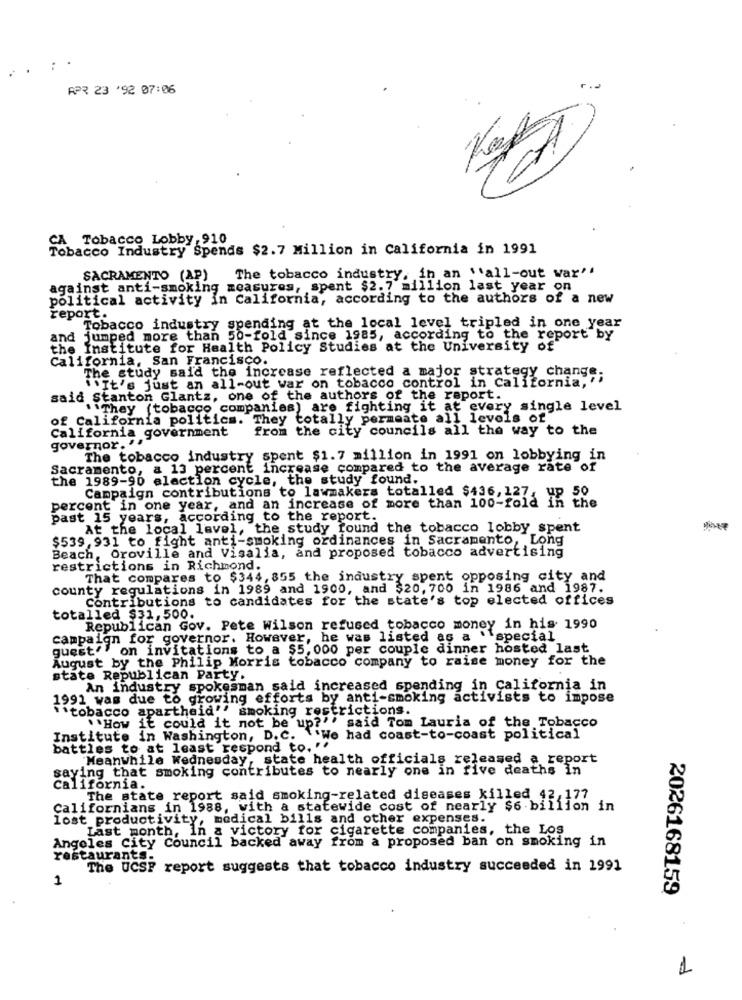
APR 23 '92 07:06
CA Tobacco Lobby, 910
Tobacco Industry Spends $2.7 Million in California in 1991
SACRAMENTO (AP)
The tobacco industry, in an \'all-out war''
against anti-smoking measures, spent $2.7 million last year on
political activity in California, according to the authors of a new
report.
Tobacco industry spending at the local level tripled in one year
and jumped more than 50-fold since 1985, according to the report by
the Institute for Health Policy Studies at the University of
California, San Francisco.
The study said the increase reflected a major strategy change.
"It's just an all-out war on tobacco control in California, ''
said Stanton Glantz, one of the authors of the report.
.They (tobacco companies) are fighting it at every single level
of California politics. They totally permeate all levels of
California government
from the city councils all the way to the
governor. "
The tobacco industry spent $1.7 million in 1991 on lobbying in
Sacramento, a 13 percent increase compared to the average rate of
the 1989-90 election cycle, the study found.
Campaign contributions to lawmakers totalled $4a6.lala th che
percent in one year, and an increase of more than 100-fold
past 15 years, according to the report.
At the local level, the study found the tobacco lobby spent
$539, 931 to fight anti-smoking ordinances in Sacramento, Long
Beach, Oroville and Visalia, and proposed tobacco advertising
restrictions in Richmond.
That compares to $344, 855 the industry spent opposing city and
county regulations in 1989 and 1900, and $20, 700 in 1986 and 1987.
Contributions to candidates for the state's top elected offices
totalled $31,500.
Republican Gov. Pete Wilson refused tobacco money in his 1990
campaign for governor. However, he was listed as a 'special
quest' on invitations to a $5,000 per couple dinner hosted last
August by the Philip Morris tobacco company to raise money for the
state Republican Party.
An industry spokesman said increased spending in California in
1991 was due to di
o growing efforts by anti-smoking activists to impose
''tobacco apartheid'' smoking restrictions.
"How it could it not be up?'' said Tom Lauria of the Tobacco
Institute in Washington, D.C. \'We had coast-to-coast political
battles to at least respond to.
Meanwhile Wednesday, state health officials released a report
saying that smoking contributes to nearly one in five deaths in
California.
The state report said smoking-related diseases killed 42,177
Californians in 1988, with a statewide cost of nearly $6 billion
lost productivity, medical bills and other expenses.
Last month, In a victory for cigarette companies, the Los
Angeles City Council backed away from a proposed ban on smoking in
restaurants.
The UCSF report suggests that tobacco industry succeeded in 1991
1
2026168159
1